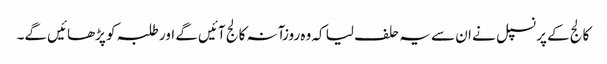
کالج کے پرنسپل نے ان سے یہ حلف لیا کہ وہ روزآنہ کالج آئیں گے اور طلبہ کو پڑھائیں گے۔